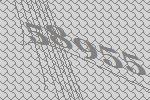
58955